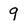
Character: 9